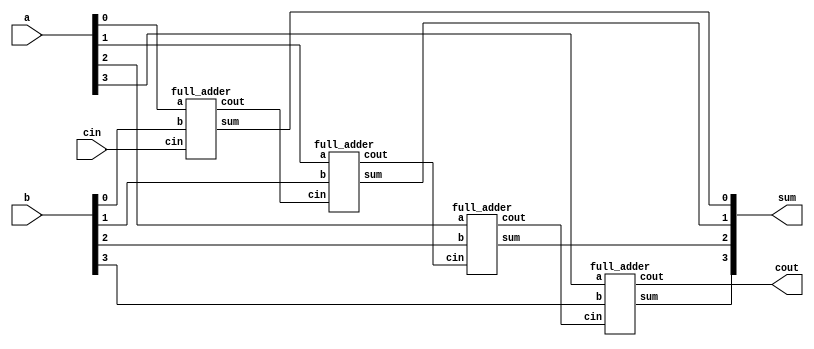
///////////////////////////////////////////////////////////////////////////////////////////////////////////////////////////
////////////////////////////////////
//Generic Ripple Carry Adder
////////////////////////////////////
 
module ripple_carry#(
    parameter W      = 4  //    input data width
)
(a, b, cin, sum, cout);
input  [W-1:0] a,b;
input          cin;
wire   [W  :0] c1;
output [W-1:0] sum;
output cout;

genvar i;

generate
   for (i=0; i<=W-1; i=i+1) begin  :gen_rca
      full_adder fa1 ( .a(a[i]), .b(b[i]),  .cin(c1[i]), .sum(sum[i]), .cout(c1[i+1])  );
   end 
endgenerate
assign c1[0] = cin;
assign cout  = c1[W];

endmodule

////////////////////////////////////////////
//1bit Full Adder
///////////////////////////////////////////
module full_adder(a,b,cin,sum, cout);
input a,b,cin;
output sum, cout;
wire x,y,z;
half_adder  h1(.a(a), .b(b), .sum(x), .cout(y));
half_adder  h2(.a(x), .b(cin), .sum(sum), .cout(z));
assign cout= y|z;
endmodule
///////////////////////////////////////////
// 1 bit Half Adder
////////////////////////////////////////////
module half_adder( a,b, sum, cout );
input a,b;
output sum,  cout;
assign sum= a^b;
assign cout= a & b;
endmodule